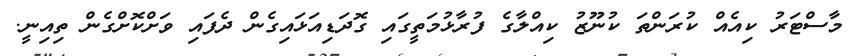
މާސްޓަރު ކިއެއް ކުރަންތަ ކުނޫޒު ކިއްލާގެ ފުރާޅުމަތީގައި ގޮދަޑިއަޅައިގެން ދެފައި ވަށްކޮށްގެން ތިއިނީ.